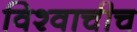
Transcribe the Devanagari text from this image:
विश्वाचीच